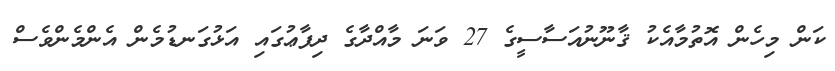
ކަން މިހެން އޮތުމާއެކު ޤާނޫނުއަސާސީގެ 27 ވަނަ މާއްދާގެ ދިފާޢުގައި އަޅުގަނޑުމެން އެންމެންވެސް